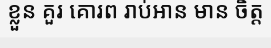
ខ្លួន គួរ គោរព រាប់អាន មាន ចិត្ត